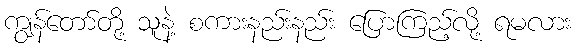
ကျွန်တော်တို့ သူနဲ့ စကားနည်းနည်း ပြောကြည့်လို့ ရမလား